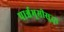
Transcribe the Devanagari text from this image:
पार्श्वभूमीसुद्धा